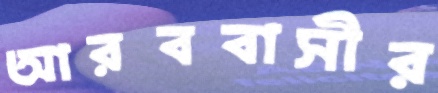
আরববাসীর